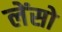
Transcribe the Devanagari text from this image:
लेंसो